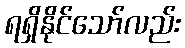
ရရှိနိုင်သော်လည်း